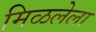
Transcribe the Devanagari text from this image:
मिळलेला